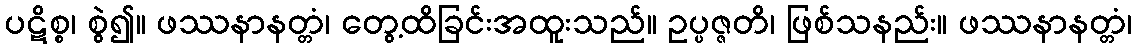
ပဋိစ္စ၊ စွဲ၍။ ဖဿနာနတ္တံ၊ တွေ့ထိခြင်းအထူးသည်။ ဥပ္ပဇ္ဇတိ၊ ဖြစ်သနည်း။ ဖဿနာနတ္တံ၊